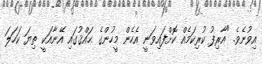
އިވުނެވެ. "އާރިފު ކުރިކަމެއް ކޮށްފައިވަނީ އެހެން މީހުންގެ ޙައްޤުގައި އޭނާއަކީ ތިޔަ ކަހަލަ